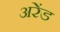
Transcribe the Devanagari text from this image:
अरेंड